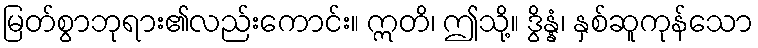
မြတ်စွာဘုရား၏လည်းကောင်း။ ဣတိ၊ ဤသို့။ ဒွိန္နံ၊ နှစ်ဆူကုန်သော